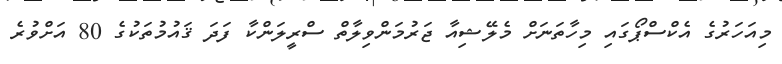
މިއަހަރުގެ އެކްސްޕޯގައި މިހާތަނަށް މެލޭޝިއާ ޖަރުމަންވިލާތް ސްރީލަންކާ ފަދަ ޤައުމުތަކުގެ 80 އަށްވުރެ